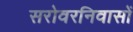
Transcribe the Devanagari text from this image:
सरोवरनिवासों